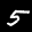
Label: 5